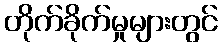
တိုက်ခိုက်မှုများတွင်